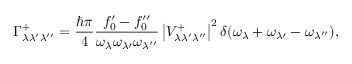
\Gamma _ { \lambda \lambda ^ { \prime } \lambda ^ { \prime \prime } } ^ { + } = \frac { \hbar \pi } { 4 } \frac { f _ { 0 } ^ { \prime } - f _ { 0 } ^ { \prime \prime } } { \omega _ { \lambda } \omega _ { \lambda \prime } \omega _ { \lambda ^ { \prime \prime } } } \left| V _ { \lambda \lambda ^ { \prime } \lambda ^ { \prime \prime } } ^ { + } \right| ^ { 2 } \delta ( \omega _ { \lambda } + \omega _ { \lambda \prime } - \omega _ { \lambda ^ { \prime \prime } } ) ,